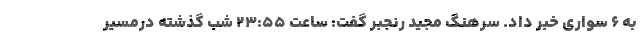
به ۶ سواری خبر داد. سرهنگ مجید رنجبر گفت: ساعت ۲۳:۵۵ شب گذشته درمسیر